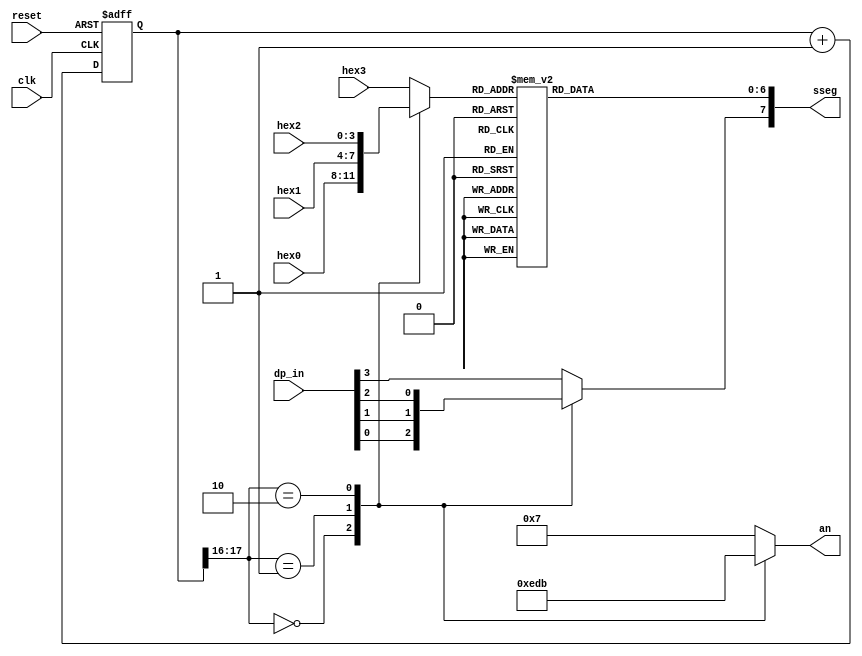

//-----------------------------------------------------------------
// Module Name   : disp_hex_mux
// Description   : Display the four Hex inputs on Nexys2's 7-seg LEDs
//------------------------------------------------------------------
module disp_hex_mux
   (
    input wire clk, reset,
    input wire [3:0] hex3, hex2, hex1, hex0,  // hex digits
    input wire [3:0] dp_in,             // 4 decimal points
    output reg [3:0] an,  // enable 1-out-of-4 asserted low
    output reg [7:0] sseg // led segments
   );

   // constant declaration
   // refreshing rate around 800 Hz (50 MHz/2^16)
   localparam N = 18;

   // internal signal declaration
   reg [N-1:0] q_reg;
   wire [N-1:0] q_next;
   reg [3:0] hex_in;
   reg dp;

   // N-bit counter register
   always @(posedge clk, posedge reset)
      if (reset)
         q_reg <= 0;
      else
         q_reg <= q_next;

   // next-state logic
   assign q_next = q_reg + 1;

   // 2 MSBs of counter to control 4-to-1 multiplexing
   // and to generate active-low enable signal.  This
   // will put the input on the vaious LEDs

   always @*
      case (q_reg[N-1:N-2])
         2'b00:
            begin
               an =  4'b1110;
               hex_in = hex0;
               dp = dp_in[0];
            end
         2'b01:
            begin
               an =  4'b1101;
               hex_in = hex1;
               dp = dp_in[1];
            end
         2'b10:
            begin
               an =  4'b1011;
               hex_in = hex2;
               dp = dp_in[2];
            end
         default:
            begin
               an =  4'b0111;
               hex_in = hex3;
               dp = dp_in[3];
            end
       endcase

   // hex to seven-segment led display
   always @*
   begin
      case(hex_in)
         4'h0: sseg[6:0] = 7'b0000001;
         4'h1: sseg[6:0] = 7'b1001111;
         4'h2: sseg[6:0] = 7'b0010010;
         4'h3: sseg[6:0] = 7'b0000110;
         4'h4: sseg[6:0] = 7'b1001100;
         4'h5: sseg[6:0] = 7'b0100100;
         4'h6: sseg[6:0] = 7'b0100000;
         4'h7: sseg[6:0] = 7'b0001111;
         4'h8: sseg[6:0] = 7'b0000000;
         4'h9: sseg[6:0] = 7'b0000100;
         4'ha: sseg[6:0] = 7'b0001000;
         4'hb: sseg[6:0] = 7'b1100000;
         4'hc: sseg[6:0] = 7'b0110001;
         4'hd: sseg[6:0] = 7'b1000010;
         4'he: sseg[6:0] = 7'b0110000;
         default: sseg[6:0] = 7'b0111000;  //4'hf
     endcase
     sseg[7] = dp;
   end

endmodule